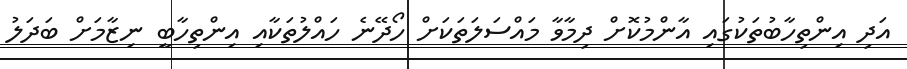
އަދި އިންތިހާބުތަކުގައި އާންމުކޮށް ދިމާވާ މައްސަލަތަކަށް ހޯދޭނެ ހައްލުތަކާއި އިންތިހާބީ ނިޒާމަށް ބަދަލު